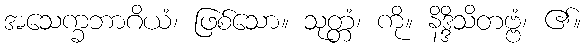
အသေက္ခဘာဂိယံ၊ ဖြစ်သော။ သုတ္တံ၊ ကို။ နိဒ္ဒိသိတဗ္ဗံ၊ ၏။